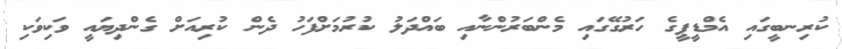
ކުރިނބީގައި އެމްޑީޕީގެ ހަރުގޭގައި މެންބަރުންނާއި ބައްދަލު ކުރުމަށްފަހު ދެން ކުރިއަށް ގެންދިޔައީ ވަކިވަކި